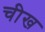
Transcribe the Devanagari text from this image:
चीख